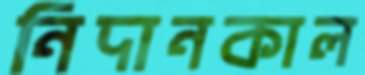
নিদানকাল